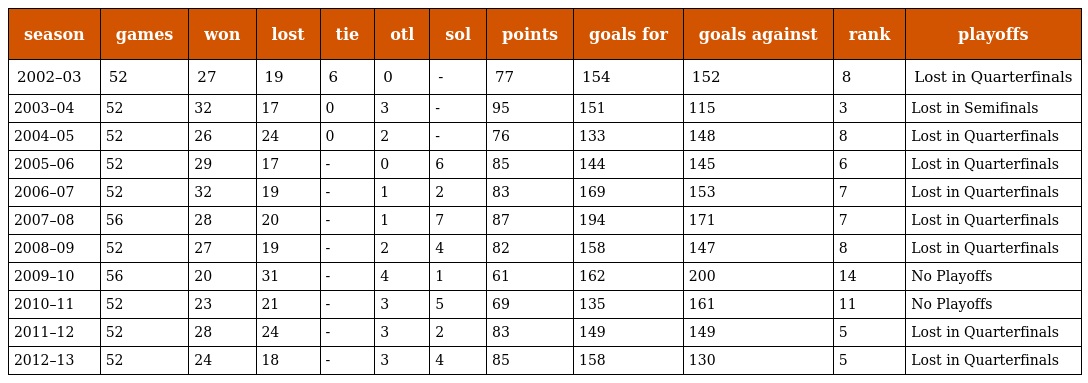
| season | games | won | lost | tie | otl | sol | points | goals for | goals against | rank | playoffs |
 | --- | --- | --- | --- | --- | --- | --- | --- | --- | --- | --- | --- |
 | 2002–03 | 52 | 27 | 19 | 6 | 0 | - | 77 | 154 | 152 | 8 | Lost in Quarterfinals |
 | 2003–04 | 52 | 32 | 17 | 0 | 3 | - | 95 | 151 | 115 | 3 | Lost in Semifinals |
 | 2004–05 | 52 | 26 | 24 | 0 | 2 | - | 76 | 133 | 148 | 8 | Lost in Quarterfinals |
 | 2005–06 | 52 | 29 | 17 | - | 0 | 6 | 85 | 144 | 145 | 6 | Lost in Quarterfinals |
 | 2006–07 | 52 | 32 | 19 | - | 1 | 2 | 83 | 169 | 153 | 7 | Lost in Quarterfinals |
 | 2007–08 | 56 | 28 | 20 | - | 1 | 7 | 87 | 194 | 171 | 7 | Lost in Quarterfinals |
 | 2008–09 | 52 | 27 | 19 | - | 2 | 4 | 82 | 158 | 147 | 8 | Lost in Quarterfinals |
 | 2009–10 | 56 | 20 | 31 | - | 4 | 1 | 61 | 162 | 200 | 14 | No Playoffs |
 | 2010–11 | 52 | 23 | 21 | - | 3 | 5 | 69 | 135 | 161 | 11 | No Playoffs |
 | 2011–12 | 52 | 28 | 24 | - | 3 | 2 | 83 | 149 | 149 | 5 | Lost in Quarterfinals |
 | 2012–13 | 52 | 24 | 18 | - | 3 | 4 | 85 | 158 | 130 | 5 | Lost in Quarterfinals |